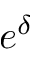
e ^ { \delta }